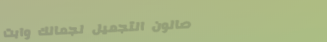
صالون التجميل لجمالك وابت